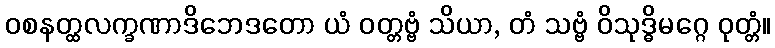
ဝစနတ္ထလက္ခဏာဒိဘေဒတော ယံ ဝတ္တဗ္ဗံ သိယာ, တံ သဗ္ဗံ ဝိသုဒ္ဓိမဂ္ဂေ ဝုတ္တံ။